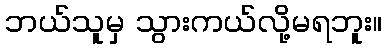
ဘယ်သူမှ သွားကယ်လို့မရဘူး။